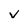
Character: v